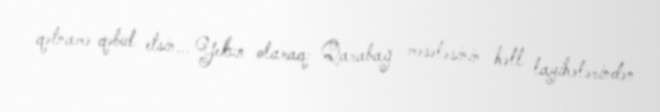
qətnamə qəbul etsin... Yekun olaraq: Qarabağ məsələsinin həll layihələrindən